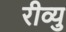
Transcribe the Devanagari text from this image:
रीव्यु